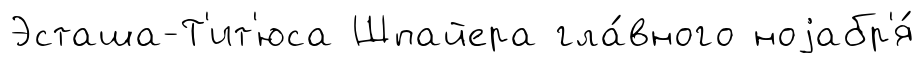
Эсташа-Т'ит'юса Шпайера гла́вного ноjабр'я́